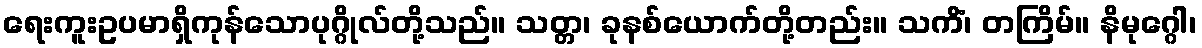
ရေးကူးဥပမာရှိကုန်သောပုဂ္ဂိုလ်တို့သည်။ သတ္တ၊ ခုနစ်ယောက်တို့တည်း။ သကိံ၊ တကြိမ်။ နိမုဂ္ဂေါ၊